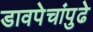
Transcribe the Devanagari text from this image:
डावपेचांपुढे